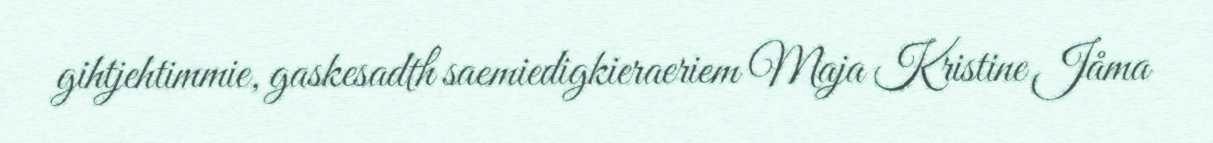
gihtjehtimmie, gaskesadth saemiedigkieraeriem Maja Kristine Jåma